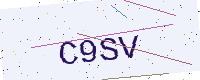
Text: C9SV